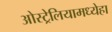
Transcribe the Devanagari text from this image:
ओस्ट्रेलियामध्येहा